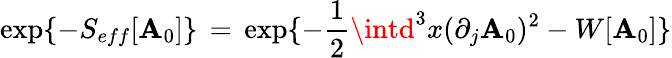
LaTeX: \exp\{ -S_{eff}[\mathbf{A}_{0}]\} \, =\, \exp\{ -\frac{{1}}{{2}}\intd^{3}x(\partial_{j}\mathbf{A}_{0})^{2}-W[\mathbf{A}_{0}]\}